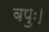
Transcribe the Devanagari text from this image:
वपुः।